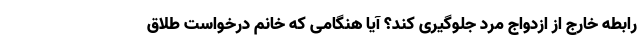
رابطه خارج از ازدواج مرد جلوگیری کند؟ آیا هنگامی که خانم درخواست طلاق